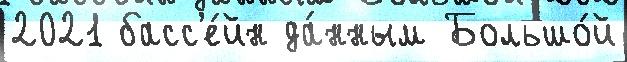
2021 басс'е́йн да́нным Большо́й